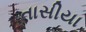
તાસીયા